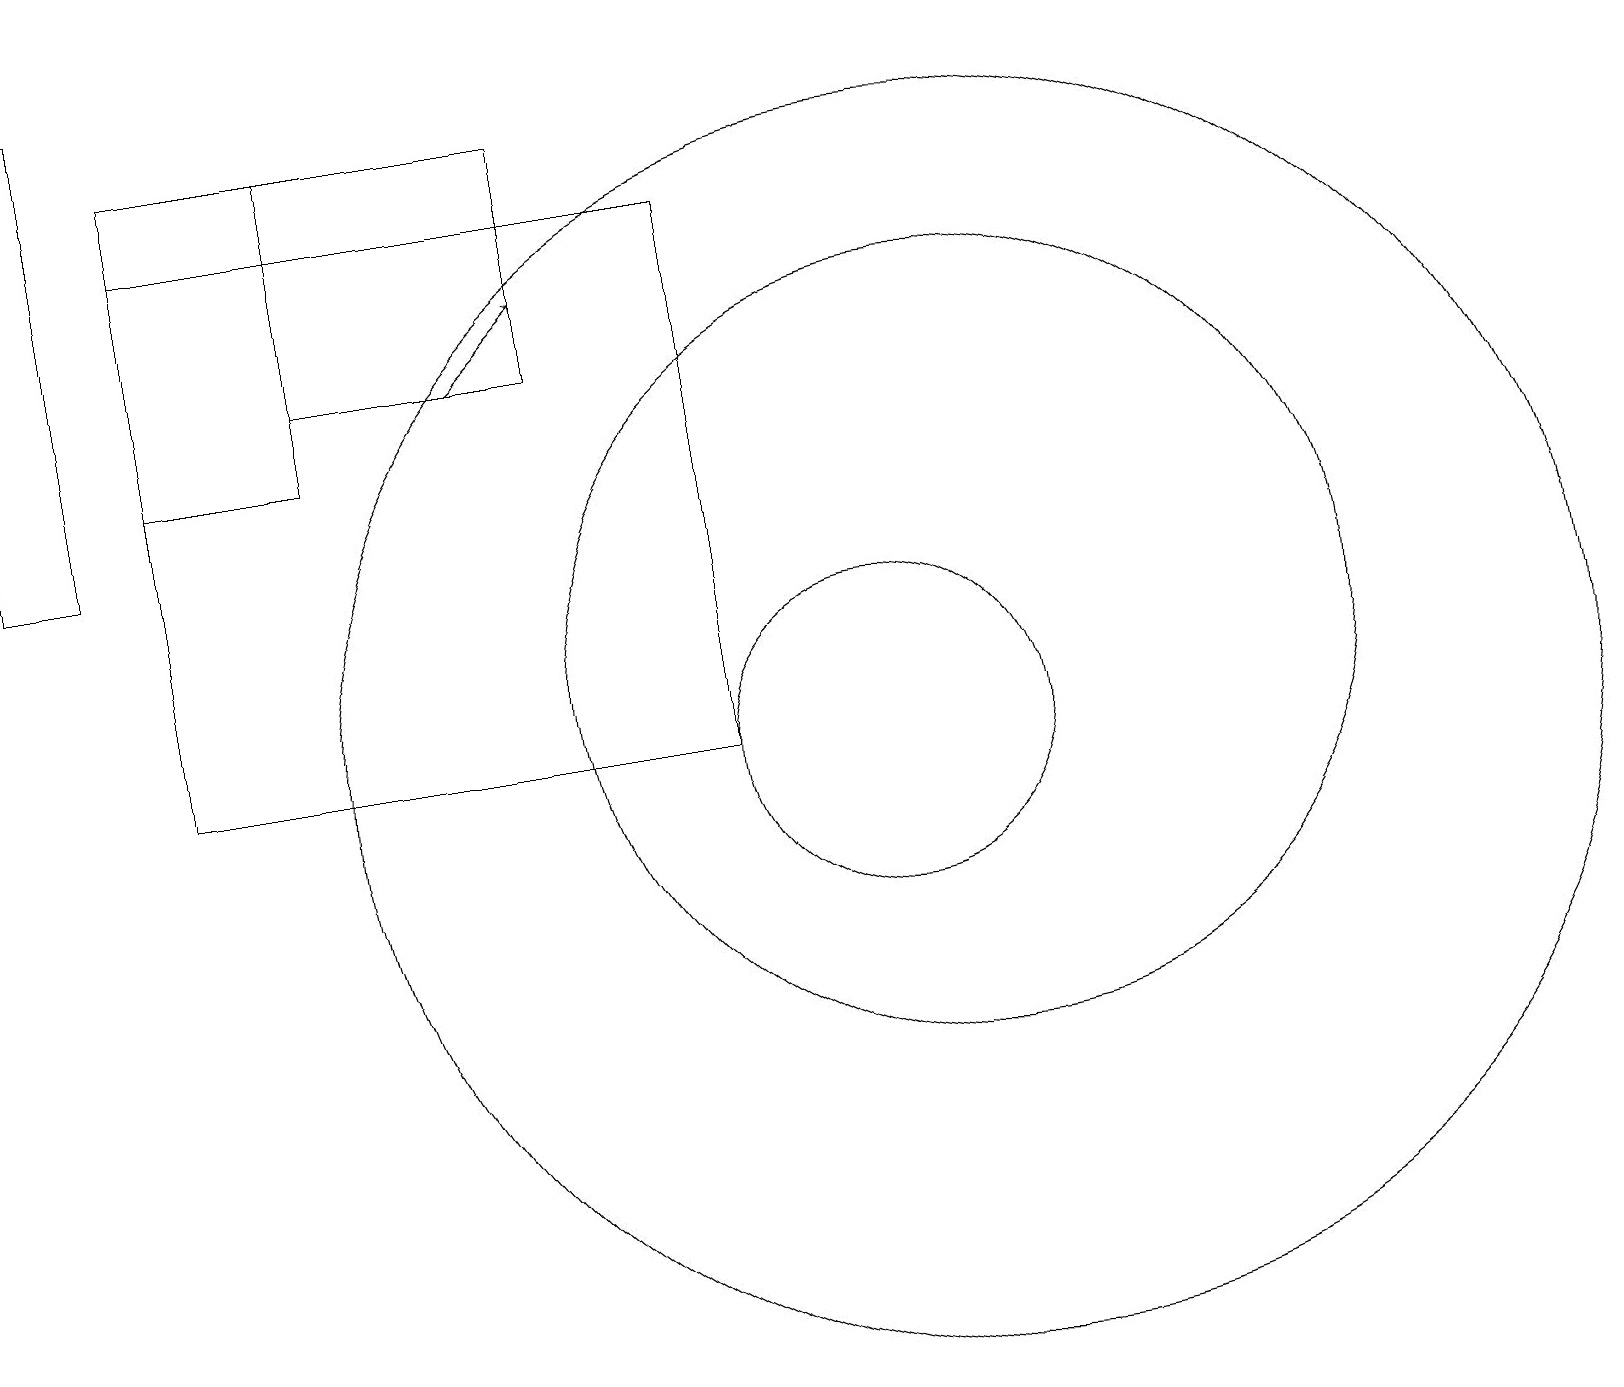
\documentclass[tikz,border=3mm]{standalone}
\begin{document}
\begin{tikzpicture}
\draw (12,11) circle (5);
\draw (2,17) rectangle (9,10);
\draw (4,18) rectangle (7,15);
\draw (4,18) rectangle (2,14);
\draw[->] (6,15) -- (7,16);
\draw (0,13) rectangle (1,19);
\draw (12,10) circle (8);
\draw (11,10) circle (2);
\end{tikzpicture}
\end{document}